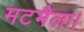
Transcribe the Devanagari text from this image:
मटमैला।